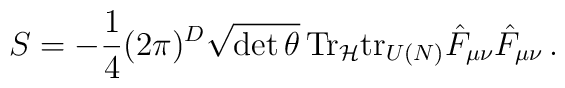
S=-\frac{1}{4}(2\pi)^D \sqrt{\mathrm{det}\,\theta}\, \mathrm{Tr}_{\mathcal{H}} \mathrm{tr}_{U(N)} \hat{F}_{\mu\nu}\hat{F}_{\mu\nu}\,.